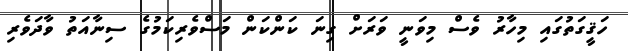
ހަޤީގަތުގައި މިހާރު ވެސް މިވަނީ ވަރަށް ގިނަ ކަންކަން މަސްވެރިކަމުގެ ސިނާއަތު ވާދަވެރި